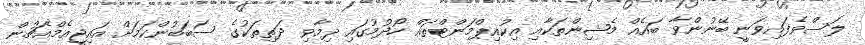
ލަސްވެފައިވަނީ ބޭނުންވާ ބައެއް މެޝިންތަކާއި އިކުއިޕްމަންޓްތައް ހޯދުމުގައި ދިމާވި ދަތިތަކުގެ ސަބަބުންކަމަށް އައިޖީއެމްއެޗުން